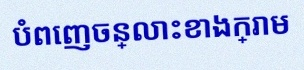
បំពេញចន្លោះខាងក្រោម